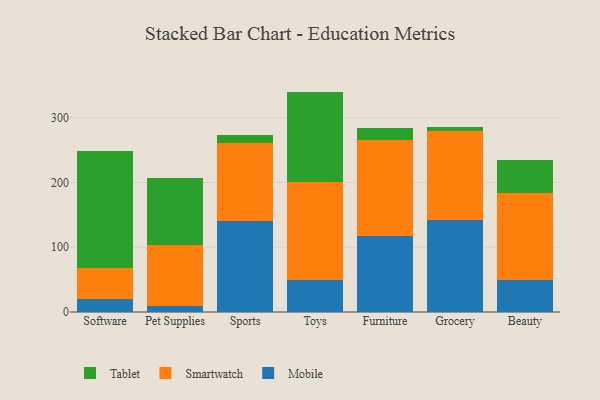
{"axis": {"x": "Category", "y": "Waste Production (Tons)"}, "legend": ["Mobile", "Smartwatch", "Tablet"], "data": [{"x": "Software", "y": 19.7, "type": "Mobile"}, {"x": "Software", "y": 48.8, "type": "Smartwatch"}, {"x": "Software", "y": 180.0, "type": "Tablet"}, {"x": "Pet Supplies", "y": 8.8, "type": "Mobile"}, {"x": "Pet Supplies", "y": 95.2, "type": "Smartwatch"}, {"x": "Pet Supplies", "y": 103.2, "type": "Tablet"}, {"x": "Sports", "y": 141.2, "type": "Mobile"}, {"x": "Sports", "y": 119.5, "type": "Smartwatch"}, {"x": "Sports", "y": 13.0, "type": "Tablet"}, {"x": "Toys", "y": 49.2, "type": "Mobile"}, {"x": "Toys", "y": 152.0, "type": "Smartwatch"}, {"x": "Toys", "y": 139.1, "type": "Tablet"}, {"x": "Furniture", "y": 116.9, "type": "Mobile"}, {"x": "Furniture", "y": 148.7, "type": "Smartwatch"}, {"x": "Furniture", "y": 18.3, "type": "Tablet"}, {"x": "Grocery", "y": 142.4, "type": "Mobile"}, {"x": "Grocery", "y": 137.4, "type": "Smartwatch"}, {"x": "Grocery", "y": 5.4, "type": "Tablet"}, {"x": "Beauty", "y": 48.9, "type": "Mobile"}, {"x": "Beauty", "y": 134.4, "type": "Smartwatch"}, {"x": "Beauty", "y": 50.8, "type": "Tablet"}]}